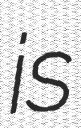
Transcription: is